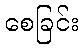
စေခြင်း